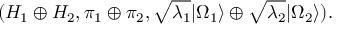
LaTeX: ( { \cal H } _ { 1 } \oplus { \cal H } _ { 2 } , \pi _ { 1 } \oplus \pi _ { 2 } , \sqrt { \lambda _ { 1 } } | \Omega _ { 1 } \rangle \oplus \sqrt { \lambda _ { 2 } } | \Omega _ { 2 } \rangle ) .